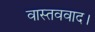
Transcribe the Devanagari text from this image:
वास्तववाद।